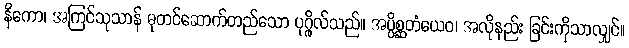
နိကော၊ အကြင်သုသာန် ဓုတင်ဆောက်တည်သော ပုဂ္ဂိုလ်သည်။ အပ္ပိစ္ဆတံယေဝ၊ အလိုနည်း ခြင်းကိုသာလျှင်။